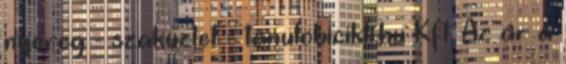
nyereg - szaküzlet - tanulobicikli.hu Kft. Az ár a